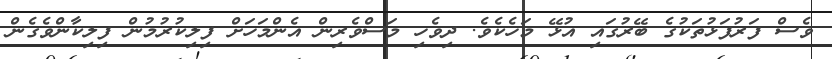
ވެސް ފަރުފަޅުތަކުގެ ބޭރުގައި އުޅޭ މަހެކެވެ. ދިވެހި މަސްވެރިން އެންމަހަށް ފިލިކުރުމުން ފިލިކާންވެގެން